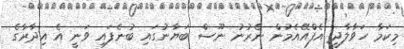
މިކަމާ ހަވާލާދީ އެފްއޭއެމުން ނެރުނު ނޫސް ބަޔާނުގައި ބުނެފައި ވަނީ އެ އިދާރާގެ